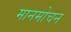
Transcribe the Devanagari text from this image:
मानमोचन